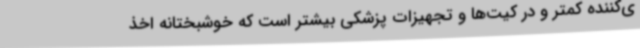
ی‌کننده کمتر و در کیت‌ها و تجهیزات پزشکی بیشتر است که خوشبختانه اخذ